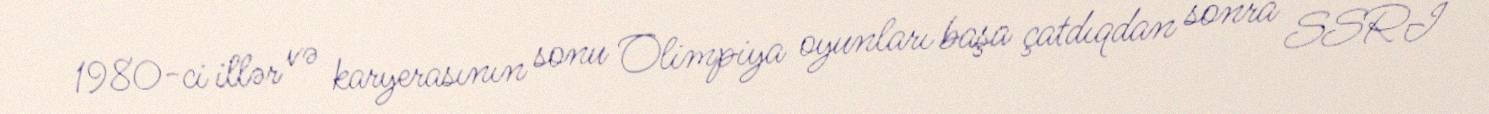
1980-ci illər və karyerasının sonu Olimpiya oyunları başa çatdıqdan sonra SSRİ